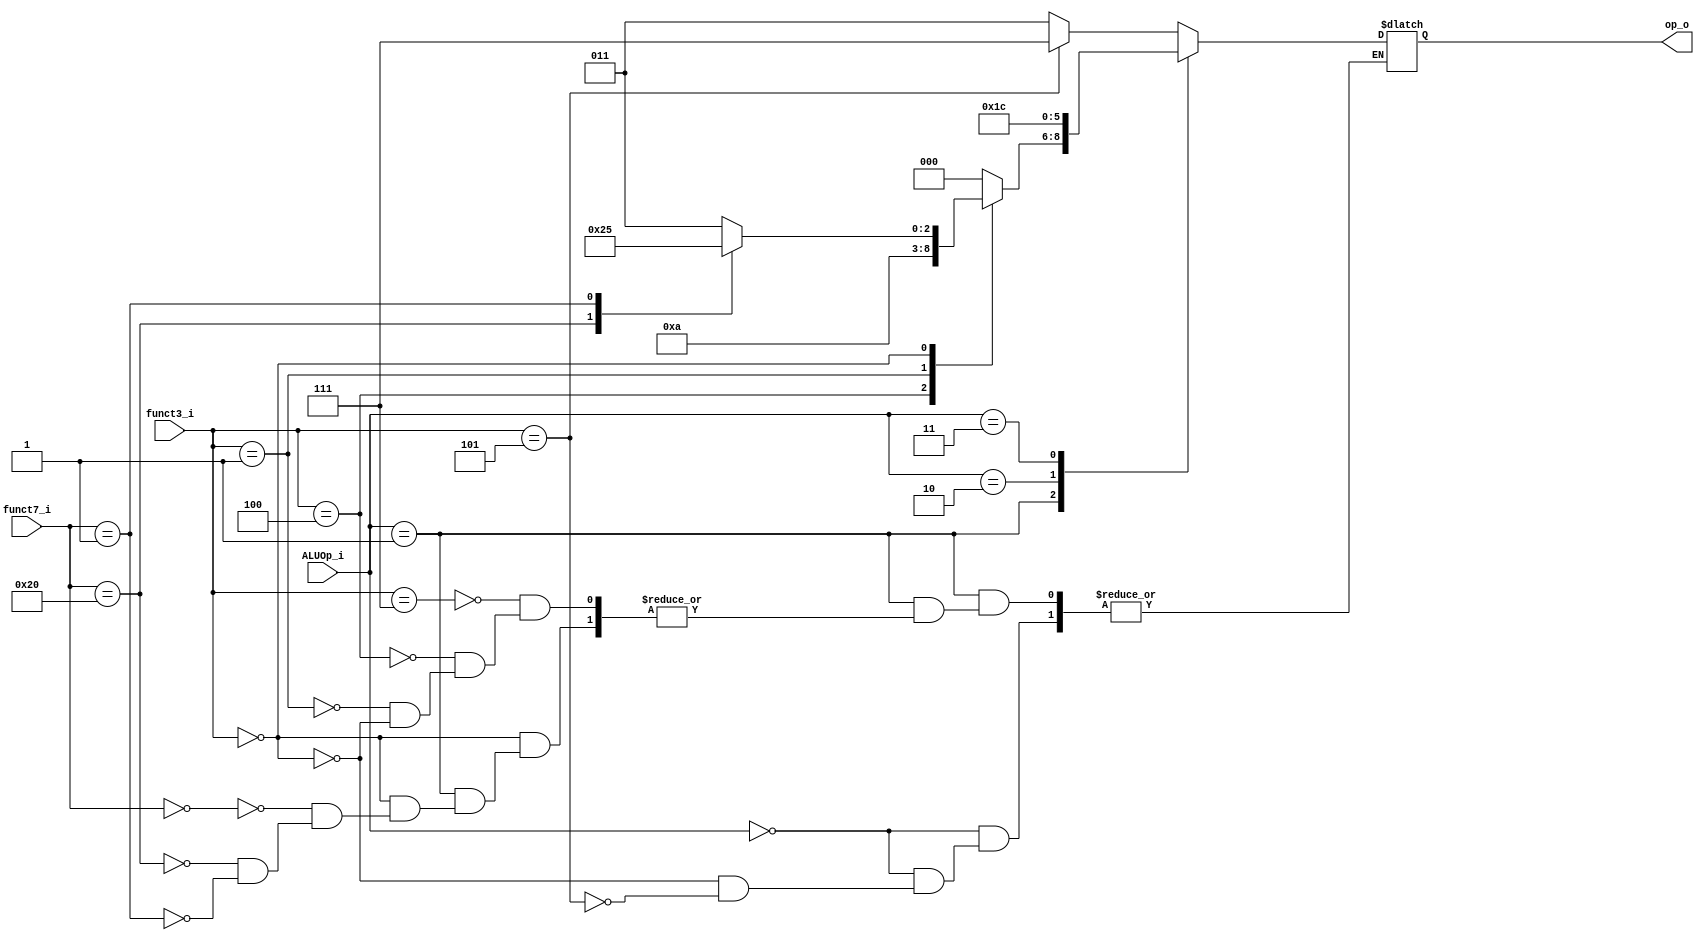
module ALU_Control
(
    funct7_i,
    funct3_i,
    ALUOp_i,
    op_o
);

input [31:25] funct7_i;
input [14:12] funct3_i;
input [1:0] ALUOp_i;
output reg [2:0] op_o;

localparam ALU_and = 3'b000;
localparam ALU_xor = 3'b001;
localparam ALU_sll = 3'b010;
localparam ALU_add = 3'b011;
localparam ALU_sub = 3'b100;
localparam ALU_mul = 3'b101;
localparam ALU_srai = 3'b111;

always @(*) begin
    case(ALUOp_i)
        2'b00: begin // I-type
        case(funct3_i)
            3'b000: op_o = ALU_add;
            3'b101: op_o = ALU_srai;
        endcase

        end

        2'b01: begin // R-type
        case(funct3_i)
            3'b111: op_o = ALU_and;
            3'b100: op_o = ALU_xor;
            3'b001: op_o = ALU_sll;
            3'b000: begin
                case(funct7_i)
                    7'b0000000: op_o = ALU_add;
                    7'b0100000: op_o = ALU_sub;
                    7'b0000001: op_o = ALU_mul;
                endcase
            end  
        endcase
        end

        2'b10: begin // lw sw
            op_o = ALU_add;
        end

        2'b11: begin // beq
            op_o = ALU_sub;
        end

    endcase
end
    
endmodule